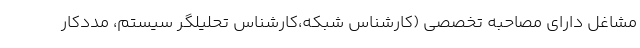
مشاغل دارای مصاحبه تخصصی (کارشناس شبکه،کارشناس تحلیلگر سیستم، مددکار